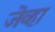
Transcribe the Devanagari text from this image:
जॆव्हा